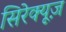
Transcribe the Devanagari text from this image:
सिरेक्यूज़